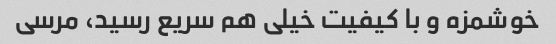
خوشمزه و با کیفیت خیلی هم سریع رسید، مرسی